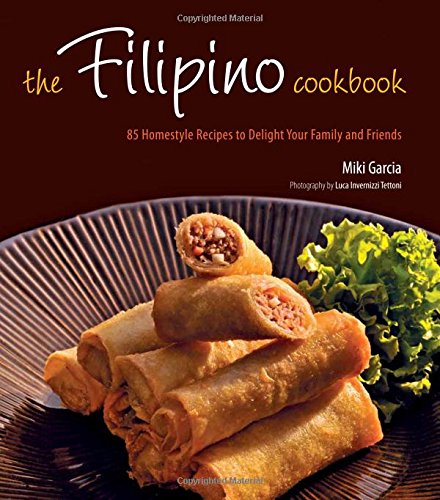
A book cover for The Filipino Cookbook: 85 Homestyle Recipes to Delight Your Family and Friends; Miki Garcia; Cookbooks, Food & Wine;